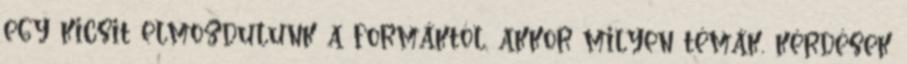
egy kicsit elmozdulunk a formáktól, akkor milyen témák, kérdések